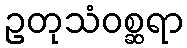
ဥတုသံဝစ္ဆရာ